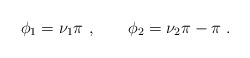
\begin{align*}\phi_{1}=\nu_{1}\pi~, \qquad \phi_{2}=\nu_{2}\pi - \pi~.\end{align*}